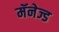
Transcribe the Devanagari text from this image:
मॅनेज्ड